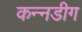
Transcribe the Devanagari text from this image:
कन्नडीग